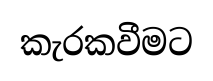
කැරකවීමට